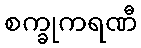
စက္ခုကရဏီ